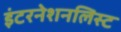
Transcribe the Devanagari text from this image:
इंटरनेशनलिस्ट